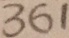
3 6 1